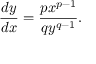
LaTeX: { \frac { d y } { d x } } = { \frac { p x ^ { p - 1 } } { q y ^ { q - 1 } } } .